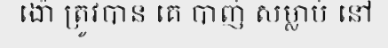
ង៉ោ ត្រូវបាន គេ បាញ់ សម្លាប់ នៅ